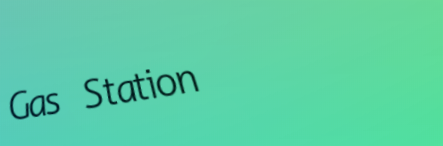
Gas Station